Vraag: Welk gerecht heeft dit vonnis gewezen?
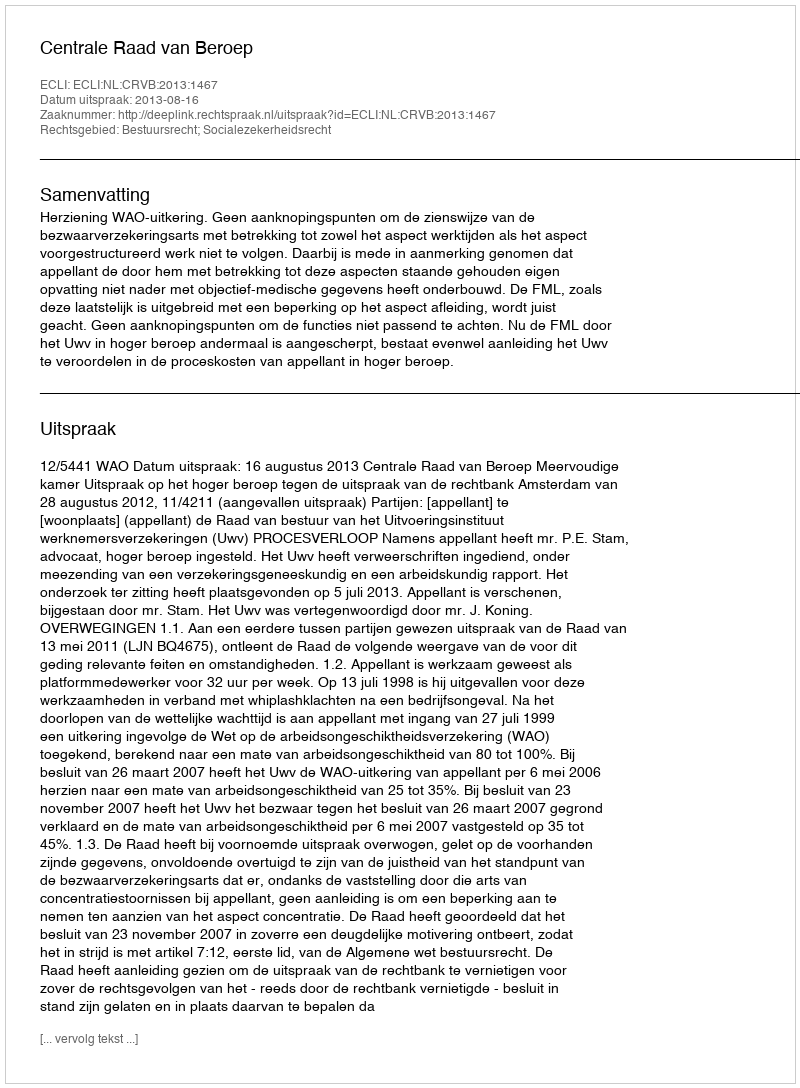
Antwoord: Centrale Raad van Beroep